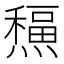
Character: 𤐸